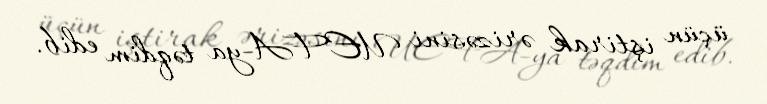
üçün iştirak ərizəsini UEFA-ya təqdim edib.